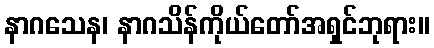
နာဂသေန၊ နာဂသိန်ကိုယ်တော်အရှင်ဘုရား။